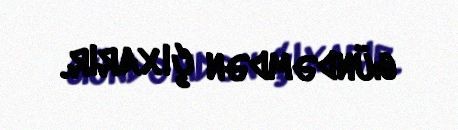
gündəmdən çıxarır.